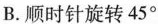
B.顺时针旋转45°